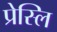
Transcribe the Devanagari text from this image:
प्रेस्लि